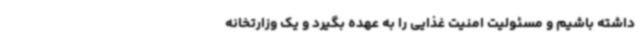
داشته باشیم و مسئولیت امنیت غذایی را به عهده بگیرد و یک وزارتخانه